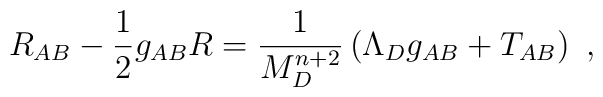
R_{AB} - \frac{1}{2} g_{AB} R = \frac{1}{M_D^{n+2}}\left(\Lambda_D   g_{AB} + T_{AB}\right)~,